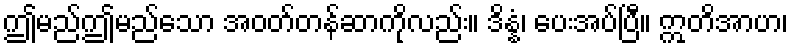
ဤမည်ဤမည်သော အဝတ်တန်ဆာကိုလည်း။ ဒိန္နံ၊ ပေးအပ်ပြီ။ ဣတိအာဟ၊